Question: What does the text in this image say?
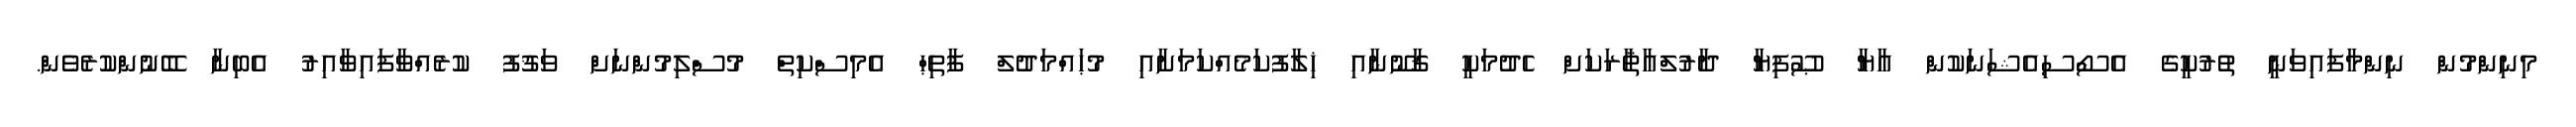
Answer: މިނިންމުން ނިންމާފައިވަނީ ތުރުކީގެ އެސޯސިއެޝަނަކުން އާޔާ ޞޫފިޔާ ދާރުލްއާޘާރަކަށް ހެދުމަކީ ޤާނޫނާއި ޚިލާފުކަމެއްކަމަށާއި މުޙައްމަދުލް ފާތިޙް އެމިސްކިތް މުސްލިމުންނަށް ވަޤުފު ކުރެއްވާފައިވާއިރު އެބިނާ ބޭނުންކުރެވެން.